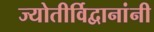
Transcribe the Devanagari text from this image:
ज्योतीर्विद्वानांनी